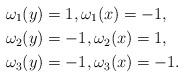
LaTeX: \begin{align*}\omega_1(y)&=1,\omega_1(x)=-1, \\\omega_2(y)&=-1,\omega_2(x)=1, \\\omega_3(y)&=-1,\omega_3(x)=-1. \end{align*}